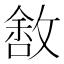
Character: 𰕑